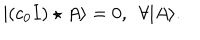
| ( c _ { 0 } I ) \star A \rangle = 0 , \ \ \forall | A \rangle .